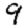
Digit: 9